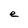
Character: e